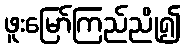
ဖူးမြော်ကြည်ညို၍